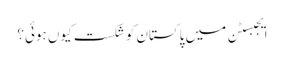
ایجبسٹن میں پاکستان کو شکست کیوں ہوئی؟